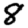
Digit: 8